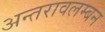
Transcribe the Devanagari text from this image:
अन्तरावलम्बन